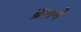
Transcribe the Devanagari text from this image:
ब्रशने